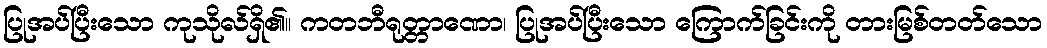
ပြုအပ်ပြီးသော ကုသိုလ်ရှိ၏။ ကတဘီရုတ္တာဏော၊ ပြုအပ်ပြီးသော ကြောက်ခြင်းကို တားမြစ်တတ်သော